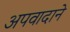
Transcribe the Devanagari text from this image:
अपवादाने